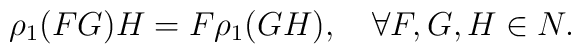
\rho_1(FG)H = F\rho_1(GH), \quad \forall F,G,H\in N.